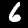
Digit: 6